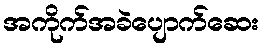
အကိုက်အခဲပျောက်ဆေး